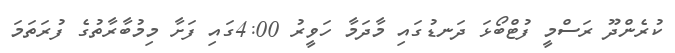
ކުރެންދޫ ރަސްމީ ފުޓްބޯޅަ ދަނޑުގައި މާދަމާ ހަވީރު 4:00ގައި ފަށާ މިމުބާރާތުގެ ފުރަތަމަ